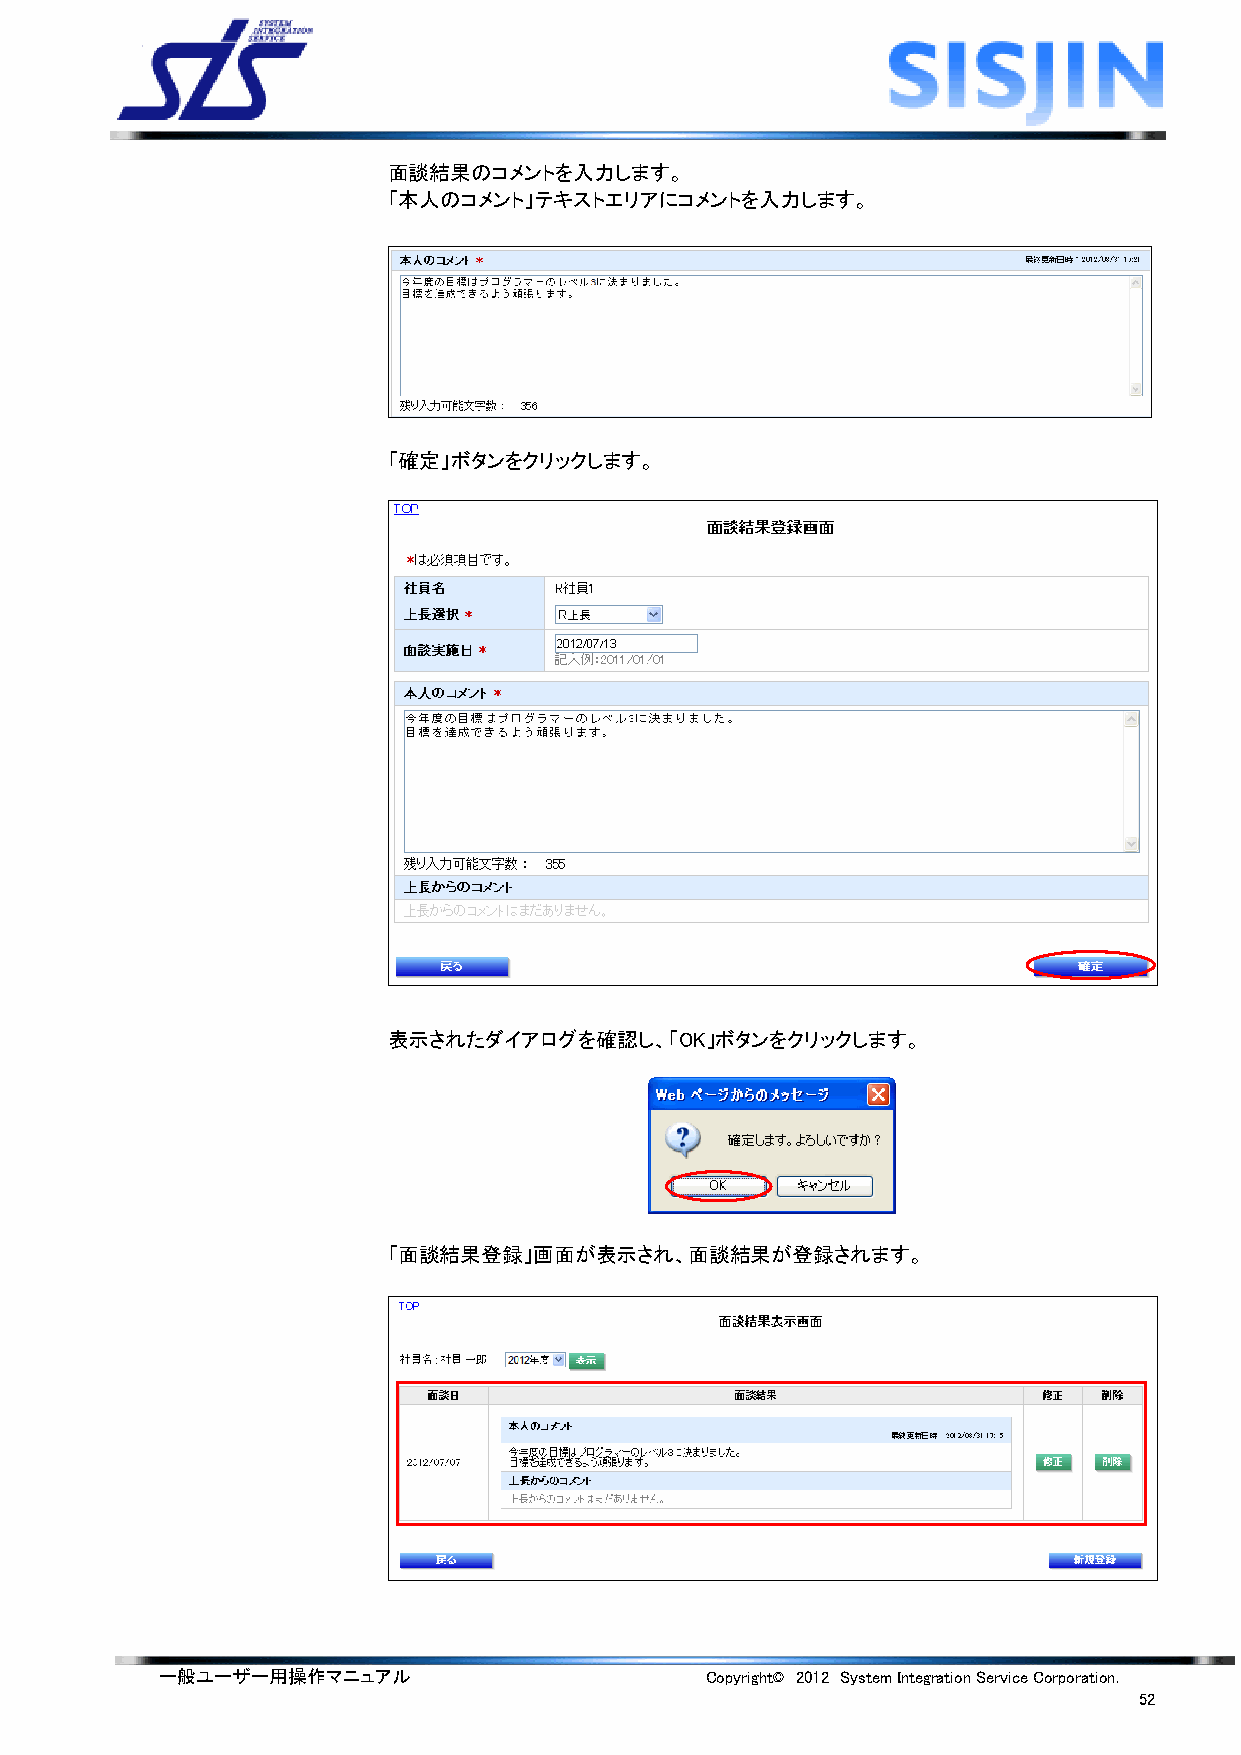
面談結果のコメントを入力します。
 「本人のコメント」テキストエリアにコメントを入力します。
 「確定」ボタンをクリックします。
 表示されたダイアログを確認し、「OK」ボタンをクリックします。
 「面談結果登録」画面が表示され、面談結果が登録されます。
 一般ユーザー用操作マニュアル                      Copyright© 2012 System Integration Service Corporation.
 52